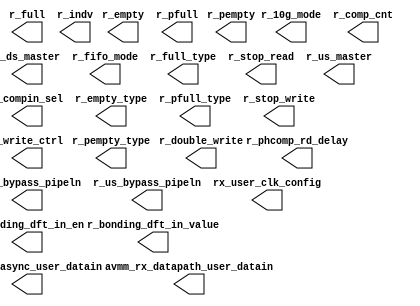
// This program was cloned from: https://github.com/chipsalliance/aib-phy-hardware
// License: Apache License 2.0

// SPDX-License-Identifier: Apache-2.0
// Copyright (C) 2019 Intel Corporation. 
module c3aibadapt_rx_dprio(
// rx_datapath
        output   wire    [15:0]  avmm_rx_datapath_user_datain,
        output   wire            r_10g_mode    ,
        output   wire            r_bonding_dft_in_en,
        output   wire            r_bonding_dft_in_value,
        output   wire    [7:0]   r_comp_cnt,
        output   wire    [1:0]   r_compin_sel,
        output   wire            r_double_write,
        output   wire            r_ds_bypass_pipeln,
        output   wire            r_ds_master,
        output   wire    [3:0]   r_empty,
        output   wire            r_empty_type  ,
        output   wire    [2:0]   r_fifo_mode,
        output   wire    [3:0]   r_full,
        output   wire            r_full_type   ,
        output   wire            r_indv,
        output   wire    [3:0]   r_pempty,
        output   wire            r_pempty_type ,
        output   wire    [3:0]   r_pfull,
        output   wire            r_pfull_type  ,
        output   wire    [2:0]   r_phcomp_rd_delay,
        output   wire            r_stop_read   ,
        output   wire            r_stop_write  ,
        output   wire            r_us_bypass_pipeln,
        output   wire            r_us_master,
        output   wire            r_write_ctrl,
// rx_async
        output   wire    [23:0]  avmm_rx_async_user_datain,
// rxclk_ctrl
        output   wire    [15:0]  rx_user_clk_config
// rxrst_ctrl
);




endmodule